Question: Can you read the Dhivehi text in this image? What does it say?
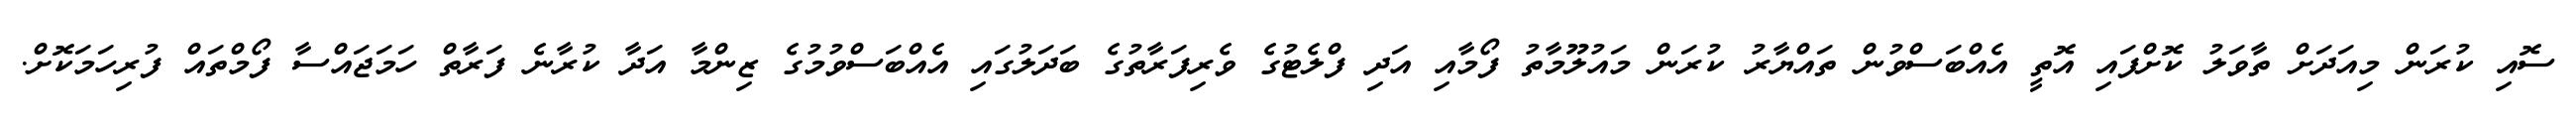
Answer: ސޮއި ކުރަން މިއަދަށް ތާވަލު ކޮށްފައި އޮތީ އެއްބަސްވުން ތައްޔާރު ކުރަން މައުލޫމާތު ފޯމާއި އަދި ފްލެޓުގެ ވެރިފަރާތުގެ ބަދަލުގައި އެއްބަސްވުމުގެ ޒިންމާ އަދާ ކުރާނެ ފަރާތް ހަމަޖައްސާ ފޯމްތައް ފުރިހަމަކޮށް.